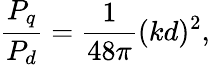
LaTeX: \frac{P_{q}}{P_{d}}=\frac{1}{48\pi}(kd)^{2},